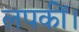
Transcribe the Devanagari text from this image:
लपकीं।